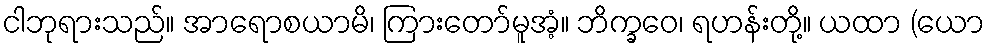
ငါဘုရားသည်။ အာရောစယာမိ၊ ကြားတော်မူအံ့။ ဘိက္ခဝေ၊ ရဟန်းတို့။ ယထာ (ယော